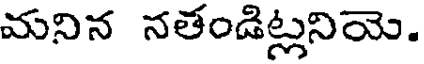
మనిన నతండిట్లనియె.